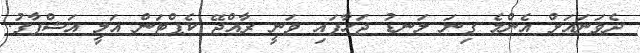
ދެވަނައަށް އެންމެ ގިނަ ލަނޑު ޖަހާފައި ވަނީ ރާއްޖޭ ކެޕްޓަން އަލީ އަޝްފާގު.